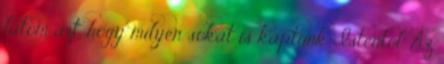
látom azt, hogy milyen sokat is kaptunk Istentől. Az